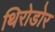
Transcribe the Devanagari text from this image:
थिरोडोर